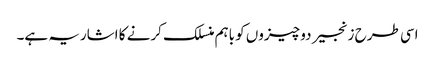
اسی طرح زنجیر دو چیزوں کو باہم منسلک کرنے کا اشاریہ ہے۔